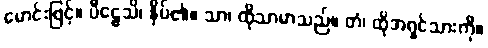
မောင်းဖြင့်။ ပီဠေသိ၊ နှိပ်၏။ သာ၊ ထိုသာမာသည်။ တံ၊ ထိုအရှင်သားကို။